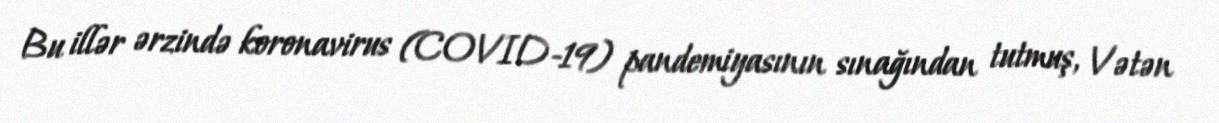
Bu illər ərzində koronavirus (COVID-19) pandemiyasının sınağından tutmuş, Vətən